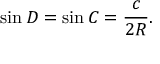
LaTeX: \sin D = \sin C = { \frac { c } { 2 R } } .